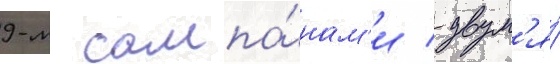
9-м сампа́нам'и / двум'я́